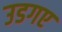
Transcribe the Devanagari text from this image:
उडगए